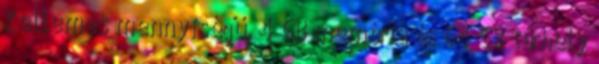
Kellemes mennyiségű, 4 GB memória és 64 GB tárhely